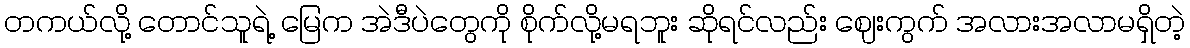
တကယ်လို့ တောင်သူရဲ့ မြေက အဲဒီပဲတွေကို စိုက်လို့မရဘူး ဆိုရင်လည်း ဈေးကွက် အလားအလာမရှိတဲ့